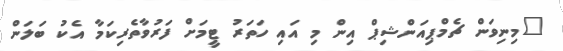
"މިނިވަން ޗެމްޕިއަންޝިޕް އިން މި އައި ހަތަރު ޓީމަށް ފަރުވާތެރިކަމާ އެކު ބަލަން